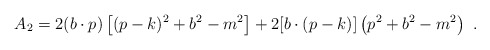
\begin{align*}A_2=2(b\cdot p)\left[(p-k)^2+b^2-m^2\right] +2[b\cdot (p-k)]\left(p^2+b^2-m^2\right)\ .\end{align*}